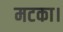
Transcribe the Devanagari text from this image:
मटका।